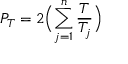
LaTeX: P _ { T } = 2 \Bigl ( \sum _ { j = 1 } ^ { n } \frac { T } { T _ { j } } \Bigl )